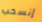
إنسحب